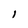
Character: l